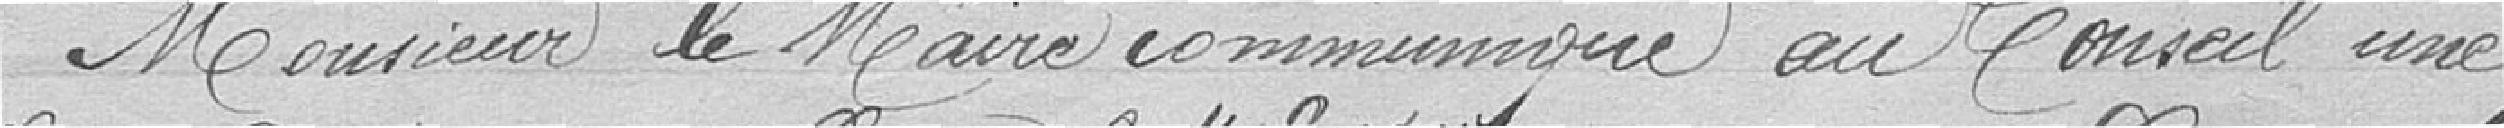
Monsieur le Maire communique au Conseil une